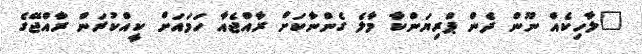
"ލާހިކެއް ނޫން ދެން ޕްރިޔަންކާ މާލެ ގެންނާކަށް ރާއްޖެއާ ހަމައަށް ކީއްކުރަން ރާއްޖޭގެ